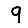
Digit: 9